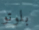
بلوتو